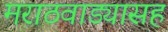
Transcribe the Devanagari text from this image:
मराठवाड्यासह